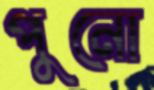
পুনো